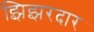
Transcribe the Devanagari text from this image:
झिझरदार